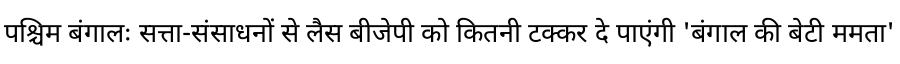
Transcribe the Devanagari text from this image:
पश्चिम बंगालः सत्ता-संसाधनों से लैस बीजेपी को कितनी टक्कर दे पाएंगी 'बंगाल की बेटी ममता'